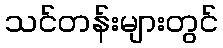
သင်တန်းများတွင်